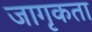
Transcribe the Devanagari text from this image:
जागृकता